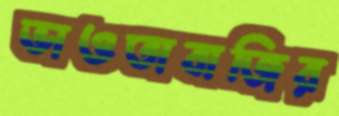
ভাওতাবাজির